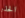
الحذر